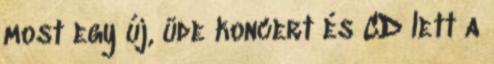
most egy új, üde koncert és CD lett a